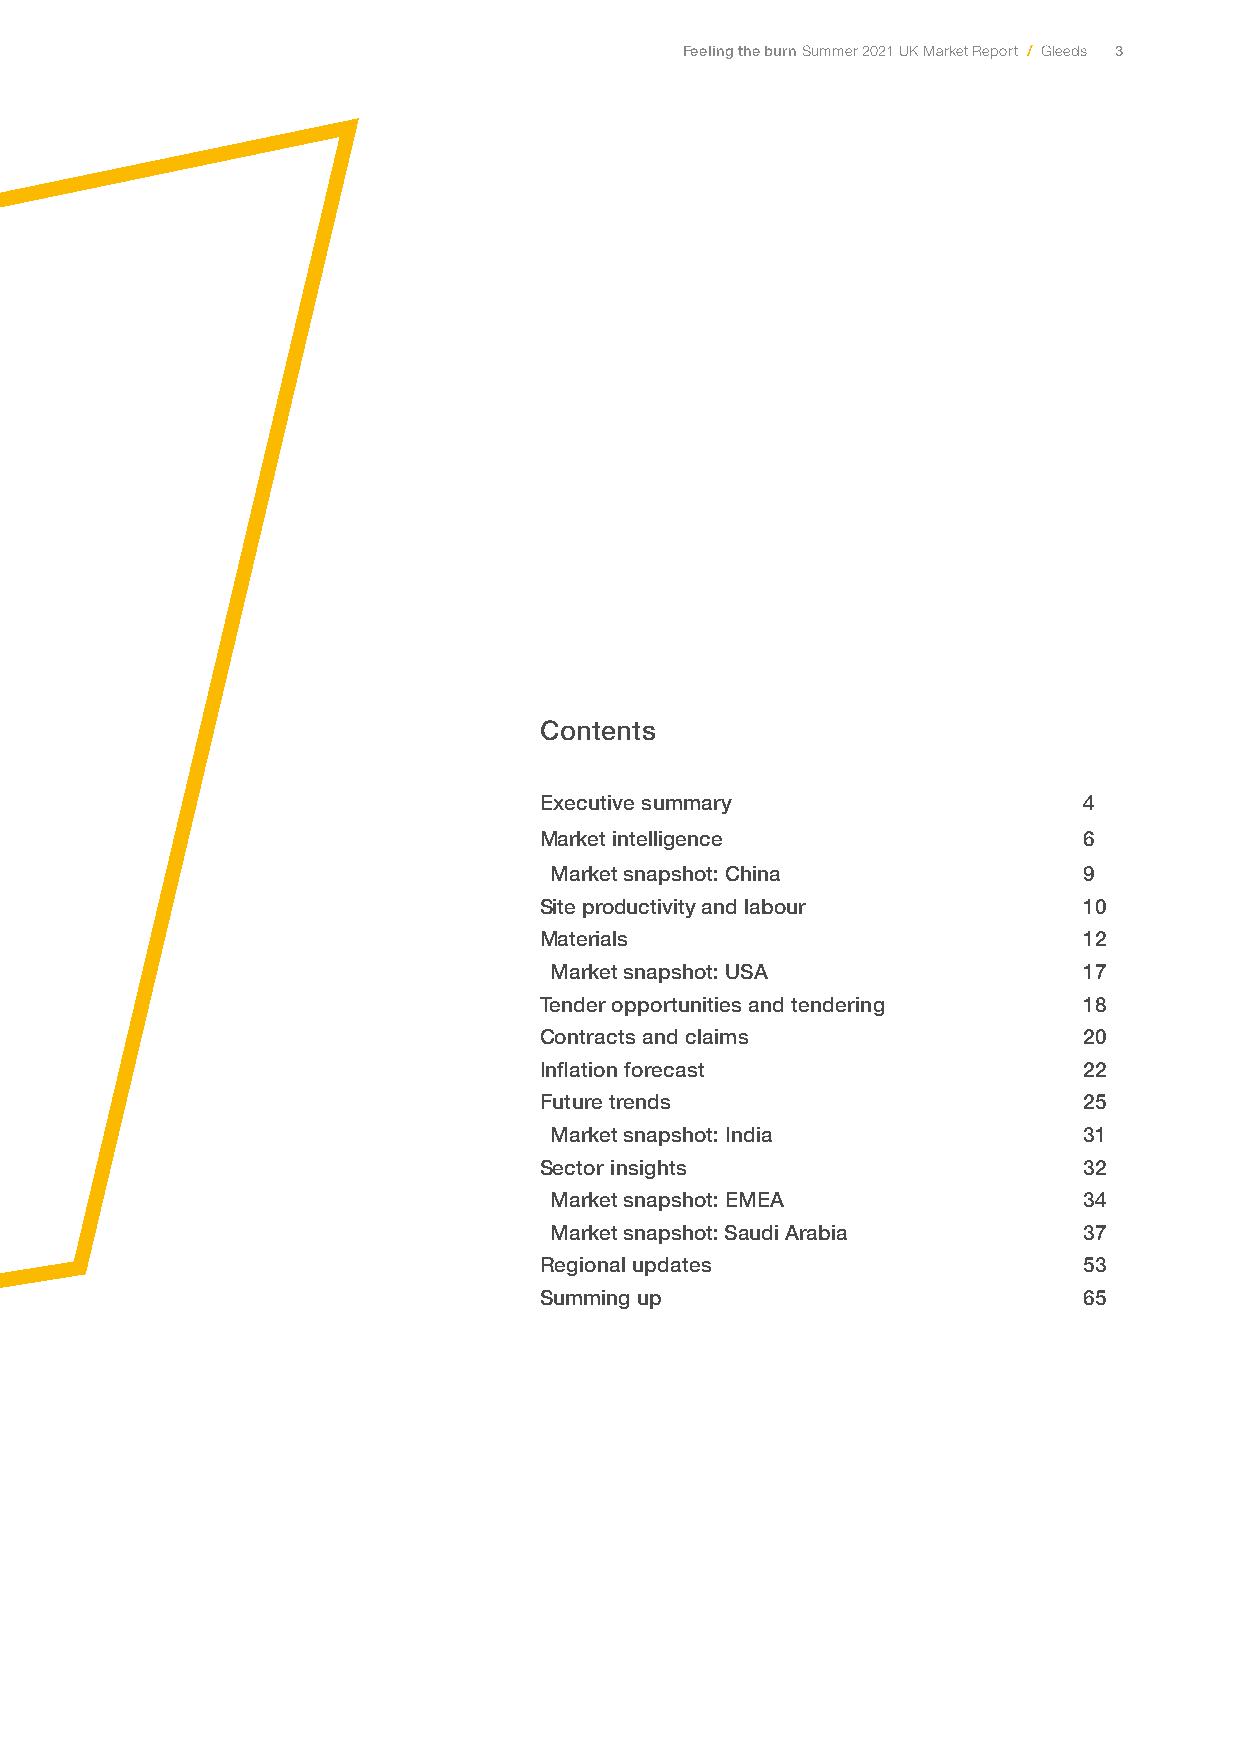
Feeling the burn Summer 2021 UK Market Report / Gleeds 3
 Contents
 Executive summary                   4
 Market intelligence                 6
 Market snapshot: China              9
 Site productivity and labour        10
 Materials                           12
 Market snapshot: USA                17
 Tender opportunities and tendering  18
 Contracts and claims                20
 Inflation forecast                  22
 Future trends                       25
 Market snapshot: India              31
 Sector insights                     32
 Market snapshot: EMEA               34
 Market snapshot: Saudi Arabia       37
 Regional updates                    53
 Summing up                          65